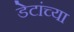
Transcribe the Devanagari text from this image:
डेटांच्या